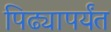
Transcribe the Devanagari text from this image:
पिढ्यापर्यंत